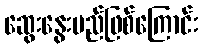
ဆွေးနွေးမည်ဖြစ်ကြောင်း